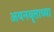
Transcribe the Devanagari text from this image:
अयनवृत्ताच्या